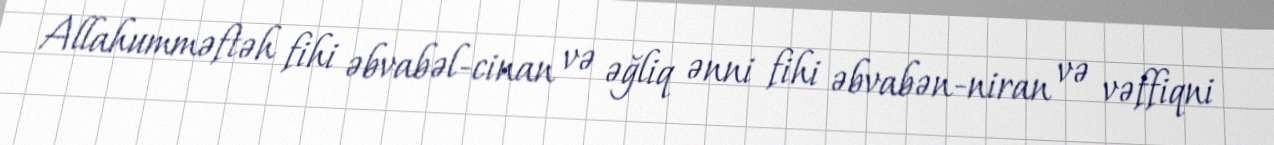
Allahumməftəh fihi əbvabəl-cinan və əğliq ənni fihi əbvabən-niran və vəffiqni